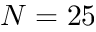
N = 2 5